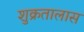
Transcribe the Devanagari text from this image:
शुक्रतालास